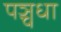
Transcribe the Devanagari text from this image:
पञ्चधा